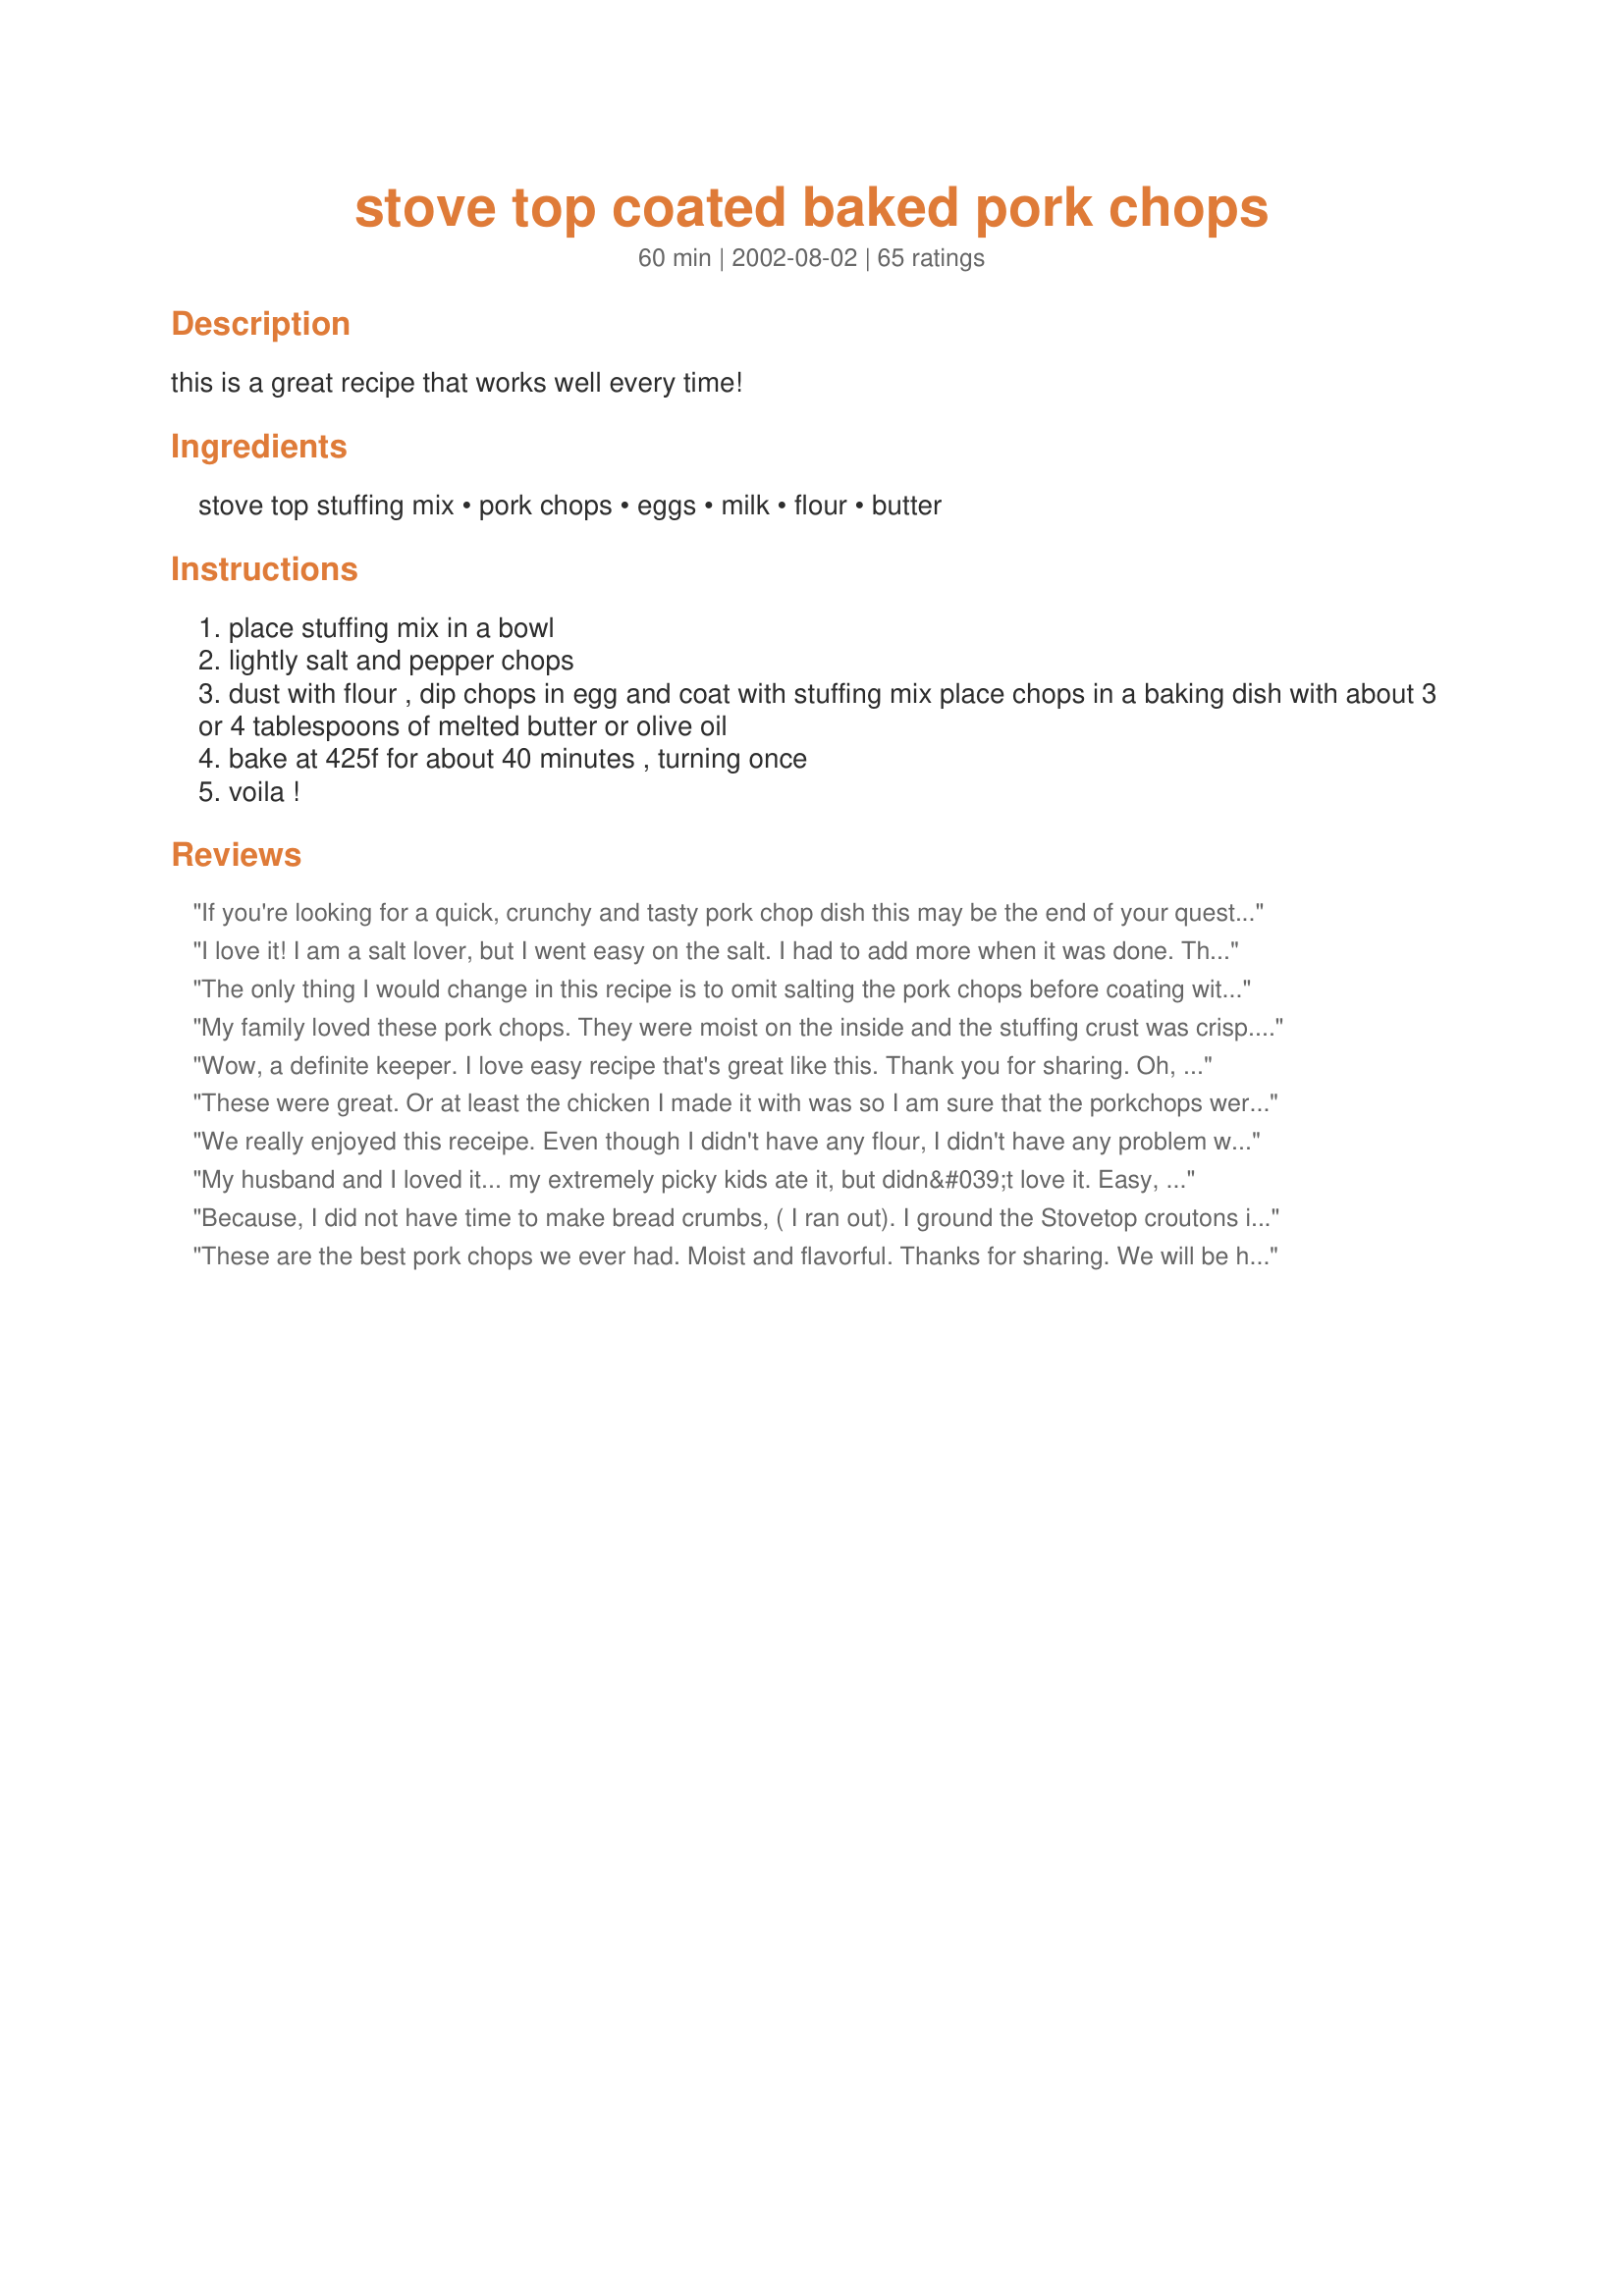
stove top coated baked pork chops
Preparation time: 60 minutes

this is a great recipe that works well every time!

Ingredients:
stove top stuffing mix, pork chops, eggs, milk, flour, butter

Steps:
place stuffing mix in a bowl
lightly salt and pepper chops
dust with flour , dip chops in egg and coat with stuffing mix place chops in a baking dish with about 3 or 4 tablespoons of melted butter or olive oil
bake at 425f for about 40 minutes , turning once
voila !

Reviews:
If you're looking for a quick, crunchy and tasty pork chop dish this may be the end of your quest. I rarely use pre-packaged foods but gave into a tempting clearance price & bought a half-dozen boxes of Turkey stuffing mix. These are easy to make, but I would advise watching your chops carefully after 30 minutes or so. I also would reduce the oven temperature. I did mine at 400F and after 40 minutes they were dark brown and starting to dry out a bit. I would make them again, but add a few seasonings. I'd also bake at 375F. Maybe it's my oven....
I love it! I am a salt lover, but I went easy on the salt. I had to add more when it was done. That was my own fault. Yummy & EASY recipe!
The only thing I would change in this recipe is to omit salting the pork chops before coating with stove top mix. I think there is plenty of salt in prepared foods. Overall, it is a good recipe - the chops were done in 40 minutes, as directed and they were very tender and moist.
My family loved these pork chops. They were moist on the inside and the stuffing crust was crisp. They have asked me to make them again soon. Baking at 425 was a little too hot in my oven, I had to turn down the temperature after I turned the chops. Overall my family would give this recipe 10 stars if they could.
Wow, a definite keeper. I love easy recipe that's great like this. Thank you for sharing. Oh, make sure to crush the stove top a bit.
These were great. Or at least the chicken I made it with was so I am sure that the porkchops were wonderful. I was so happy with how quickly it came together and how the stuffing mix got crunchy. Thank you so very much for this terrific weeknight (or anytime) meal. I will make this again and again.
We really enjoyed this receipe. Even though I didn't have any flour, I didn't have any problem with the Stove Top sticking to the chops. The chops were done in 40 mins & were extremely juicy. Thanks for the recipe!
My husband and I loved it... my extremely picky kids ate it, but didn&#039;t love it. Easy, quick and yummy!
Because, I did not have time to make bread crumbs, ( I ran out). I ground the Stovetop croutons in my food processor, added 1/2 cup of parmesan cheese dredged the chops in egg, fried, and baked in the oven for 24 minutes, at 325 degrees.. Turned out great. moist 4 chops, made gravy. Had made succotash, and of course applesauce. I am so grateful to see this recipe online, just the grinding helps. Thank you for sharing!
These are the best pork chops we ever had. Moist and flavorful. 
Thanks for sharing. We will be having these regularly in our house.
This is the only way I fix pork chops now. Thank you!
very good!
My new favorite way to cook pork chops! Really good and easy. The come out moist and tender.
This is such a good idea! I had 5 large chops, so I needed to use two pans. I wanted to use this as an experiment. I put melted butter in the bottom of one, and olive oil in the bottom of the other. Althought both tasted amazing, when I went to turn the chops half way through in the buttered dish, 1/2 of the coating came off. When I went to turn the olive oil dish, ALL the coating stayed on perfectly! From now on I will only use olive oil. I used Cornbread stove top flavor and usually my DH is very good at identifying what I've made but this time he was stumped at what the coating was! Once I told him Stove Top he was pleasantly surprised! I cooked mine for 45 minutes and they were perfect. Served with garlic broccoli.
These are wonderfully crunchy on the outside while the pork is lovely and juicy. They look very inviting coming out of the oven. I expected to like them more than I did but I didn't really care for the 'packaged' taste of the stuffing. However, my husband thought they were terrific. They are also very quick and easy which is always a plus. Thanks for sharing your recipe. I may try this again and leave out the flavour packet, putting in my own herbs.
These were great. My hubby usually complains about chops being dry, but these weren't at all. I only had 3 chops, so I used Stove Top from a canister, so I wouldn't waste an entire box.
It was pretty darn delicious but I wasn&#039;t sure what to do with the milk, no instructions but assumed to dip and then flour? Was crispy and tender, hubby said he wouldn&#039;t care for it again but I would.
These were absolutely wonderful!! Will make again and again.

By the way, you didn't mention what hte milk was for ;) I added a splash to the egg mix.
Quick, easy and tasted great!!! I used thick cut chops and crushed the stuffing mix up a bit. The chops stayed really juicy inside and had a nice crunch on the outside. I will be making these again and again.
I did not enjoy this recipe, although the family didnt complain. I found the cook time to be too long, and the pork chops were dry. I did not care for the crunchy exterior that the stuffing created. Will not make again. Made no changes to the recipe, used boneless pork chops, and stove top stuffing mix. Just did not care for it.
Absolutely wonderful. So easy. Very crunchy, which is what I wanted. Flavor is all there. I used the Savory Herb Stuffing which is packed full of flavor. Thanks so much for sharing.
how wonderfully bizarre lol i would have never thought to try something like this but it was really quite good! i used the olive oil after reading some of the reviews there was no sticking issues i am happy to say! lol i also used the cornbread stuffing mix instead of chicken (being all i had on hand at the time) and it was the off brand (laura lynn lol) but it still was good all the same, i can't wait to try it with come of the other flavors they have! thanks for posting! ^_^
When I saw this recipe I thought..yeah, chops and stuffing. My kiddos love stove top so I figured I'd give it a try. WOW! So easy! Makes a tasty crispy coating and moist flavorful chops.
This was so easy to make. Makes a great meal for during the week. Only had pork stuffing mix. Nice flavor and very tender.
WOW! I tried it with Bonless Chicken Tenderloins and it came out GREAT! The outside is crispy and the inside is juicy and tastes really good! i will definatly make again and again! (the chicken took about 35 min to cook :) )
Pork chops don't like me. I've never found a quick method to prepare them without them turning out tough and dry. These, however, turned out good, DH's comment was, "excellent!" I crushed the stuffing in storage bag with my rolling pin a little bit like another review said, otherwise made as directed.
They turned out moist on the inside, crunchy on the outside. I served them with green beans and fresh buttered french bread. Very quick and easy.
I'm thinking I might try mustard or mayo coating instead of egg next time. Not that there's anything wrong with egg, maybe just to zip it up even more. Would that work? Anyway, I'll use this recipe again. Thanks for posting!!
Okay, maybe this was my mistake; but you did not specify where to put the butter. Based on my past experiences with oven-fried pork chops, the butter usually goes on top. So, that's where I put it - and BOY did they ever stick! I lost at least half of the stuffing by getting it stuck in the pan. I will try this again, but next time, I will make SURE the pan is greased!
Delish !!!
This recipe was "wow" and "easy"! My boys (DH & DS) just loved these chops. I followed the suggestion of crushing the Stove Top stuffing. This did make the "coating" process much easier. I actually used corn bread stuffing mix for the coating and the taste was incredible. I DID NOT put any oil or butter in the bottom of the pan. I just sprayed Pam in the bottom of the pan and then after I coated the chops, I gave them a quick spray of Pam, too. I seasoned them with seasoning salt and pepper and then baked them in a shallow baking dish uncovered for the allotted time, and they browned beautifully. They were also extremely moiste and juicy. Definitely a keeper!
5 stars for how QUICK and easy this is to put together and how tender/moist & crunchy the chops turn out. I usually reserve a 5-star rating for something absolutely out of this world, but this one deserves it as the PERFECT weeknight meal. I prep'd the chops & threw them in the oven in about 5 minutes' time, then was able to kick my feet up & enjoy a leisurely glass of wine before making a salad & instant mash potatoes. The chops were tender and the juiciest I've ever had, plus the coating turns crispy during baking. AHHHH! I used the thick (1.5") Costco boneless chops & after 40 min, they were a tad pink inside, so microwaved them for another minute and they were perfection. This will probably become our standard, Thank-God-Monday's-over meal. Super recipe!
This recipe was so easy to make. I loved that it only involved about 5 mins of prep time. I bought the store brand stuffing and had to put it in a ziploc bag and hit it with a hammer to get rid of the large chunks so that it would stick better. I used the advice given by 'Melvin'sWifey' and used olive oil instead of butter and it worked great. I think this recipe gets 4.5 stars for taste but I'm rounding it up to 5 because it was so easy to make. Next time I will have to make gravy. I forgot to buy gravy ingredients so I just dipped the pork in honey mustard sauce. I'll probably make this again sometime. I also liked that I didn't need to brown the pork chops in a pan first. Thanks for sharing this super easy recipe!
Absolutely delicious!! I had 4 chops to use up in the fridge and wanted something different, this hit the spot! My chops were thin, so I only cooked them for 30 minutes, flipping half way through. I used olive oil instead of butter, and was glad I did. The coating stayed on perfectly. Thank you for a quick, easy recipe. Definitely adding this to the 'keeper' recipe box!
my fiance is old school and only wants fried pork chops, but these won him over and he says he will eat them all the time instead!
We love this recipe. We definitely make again!
Very tender & tasty chops - made just as directed except I used herb stuffing as that is what I had on hand - the next time I will probably omit salting the chops prior to coating as they were a tad salty for my DH and myself - personal preference we don't use alot of salt. Thank you All Things Cooking for posting - this will be one of my go to recipes for pork chops.
Wow, this was so easy and so good!! I used my meat mallet to crush the stuffing into smaller pieces and stirred in 1/4 cup of grated parmesan. The whole family loved the flavor and the crunchy coating. We will definitely have these from now on instead of the recipe I've been using for years. Thanks for sharing!!!
Just a note: This recipe works equally as well with chicken breast. Adjust the cooking time as chicken breast don't need to cook as long as pork chops.
I have tried many breaded pork chop recipes. Some simple, some very complicated. This is the BEST and ONLY recipe I will use from now on. I did blend the stuffing mix a bit and added some parm cheese as suggested by another poster. Truly a hit in my house!
These were fabulous! I put the stuffing mix in the food processor to break it down. The chops were moist and flavorful...we didn't even need a knife to cut them! Our guests loved it, my daughters loved it, my hubby loved it, and I loved it! Definitely a keeper.
My husband is very picky about his pork chops, and I didn't think he would go for this, but he LOVED them. The Stove Top makes a great crunchy coating. The best part about it all, is it's quick and easy! I would highly recommend!
Very good! This was very easy. My pork chops were not super thick so I only had to cook for about 30 minutes. I used olive oil and it came out perfect. Thanks!
These came out nice and tender and moist. I loved the flavor of the stuffing.
This was very good. I used cornbread stuffing and thick boneless chops. They had a nice crunchy outside and tender center. I thought they could have used a little more seasoning, I'll add some more next time. Easy and still quite yummy! Thanks.
Excellent recipe. Very moist and tender. I will definitely make these often. Thanx so much
Very tasty and so simple! Everyone enjoyed it. I will make again, next time with chicken. Thanks!
I tried this last night and my family really loved them!! My husband and son both said they were tender! Thank you for this Super Easy and tasty recipe!
Wow. I was suprised at how good these were considering how few ingredients and how easy the recipe was. I really pressed the pork into the stuffing mix to ensure max crispiness. I will definitely be making again.
Fail proof! My daughter is simply addicted to these. No more dry pork chops
Wow!! These were so quick, delishious and easy. Definately a keeper!!
This was a very EASY and fabulous pork chop recipe. It got an enthusiastic thumbs up from all 3 of my kids - which makes it a true keeper! THANKS for sharing it.
My husband walked into the house and asked what smelled so good. He was even more pleased with the taste and rated this a 5 star winner. I followed the recipe exactly except I mixed butter & olive oil because I didnt have enough of either alone. I only had 4 boneless loin chops so I had stuffing mix left over & I just made it into stuffing & served with applesauce. The house still smelled wonderful hours after eating!
my family calls this crunchy pork or chicken. i make mine slightly different. I also use the stuffing mix from a canister so that the leftover crumb mix can be stored easily for quick use. I mix between one and two cups of parmesan cheese with the stuffing mix. (I also put the stuffing in a blender to make a coarse crumb mix, it seems to coat the meat easier this way)I dip the pork or chicken in butter, then coat in the stuffing mix and then bake (pour any leftover butter on top). that way no eggs or flour is necessary.
My DH thought these were the best pork chops! Very moist on the inside and crunchy on the outside. Served them with Smashed Potatoes and green beans. Not too much work for a wonderful dinner!
This was a great meal. I printed off the recipe, but my hubby actually prepared it. He didn't change any ingredients or add any steps. He followed the directions exactly and this yielded a wonderfully moist & flavorful pork chop. We used Walmart brand stuffing, which I don't think is any different than name brand stuffing. Thanks so much for posting this recipe, it will be made again!
These were great! Easy to make and tasted fantasic, a nice way to prepare a pork chop. Cut the recipe down to 2 servings and used butter in the bottom on the baker instead of the oil. Served with green beans drizzled with brown butter. Will make again!
We really enjoyed this recipe - although I did tweak it a little to make it lower fat. I didn't use the oil or butter in the pan, just sprayed the baking dish with nonstick spray. I also used egg beaters in place of the eggs. I also crushed the stuffing mix before using. The coating stayed on beautifully and our pork chops came out sooooo moist and flavorful. My husband loved them too! This is definitely a new favorite and VERY EASY pork chop recipe!!!!
My son said these were the bomb! They were crispy, yet moist inside. Very tasty. I used the olive oil and it worked very well. Very nice to be able to get it in the oven and get the sides together without having to watch the pork chops every few minutes. Thanks for sharing this great recipe.
We love this recipe!! Quick and easy and delicious, what else can you ask for? Yumm!
I had four thick pork chops for this recipe. The Stove Top was a little more course than I wanted, so I used the bottom of a drinking glass to crunch the stuffing down to a finer consistency. Also, as I was preparing the dish, I found I didn't have any eggs! So, I just dusted the chops in the flour, next into the milk, then into the stuffing. They turned out perfect! My husband said these were the best pork chops he had ever eaten. The stuffing kept the meat very moist on the inside. Thanks, AllThingsCooking for a great and easy to prepare recipe!
Simple and quick, yet my entire family raved about it. Thanks for sharing this recipe! I used pork flavored Stove Top and can&#039;t imagine it being any better.
This is a very nice recipe. My DH thought they were the best tasting pork chops he had eaten. They cooked in the amount of time stated. Will make again. Thanks for posting.
Yummy! My family loved them. They were no leftovers!
Easy recipe with good flavor. Since it's just two of us, I used 3 large bone-in loin chops, and followed the recipe exactly, using olive oil in the bottom of the baking dish. The chops were nice & brown, and very tender. Next time I will try crushing the Stove Top dressing a little to make it easier to coat the chops. Thanks for sharing!
-M :-)
Great recipe. I crushed the stuffing mix a little, and added 1/2 cup of parmesan cheese. I also added a teaspoon of sage and a teaspoon of paprike. Everyone loved this.
I LOVE this recipe. The only thing I do differently is add a liitle bit of Adobo seasoning and voila- perfect porkchops everytime- crunchy on the outside and juicy and favorful on the inside!
